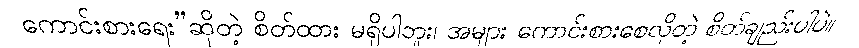
ကောင်းစားရေး”ဆိုတဲ့ စိတ်ထား မရှိပါဘူး၊ အများ ကောင်းစားစေလိုတဲ့ စိတ်ချည်းပါပဲ။